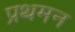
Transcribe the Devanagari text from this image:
प्रथमन